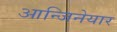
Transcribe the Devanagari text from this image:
आन्जिनेयार